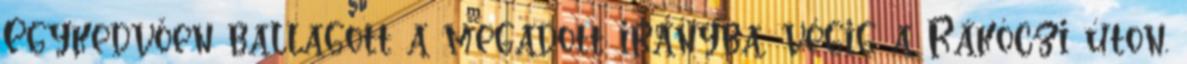
Egykedvően ballagott a megadott irányba, végig a Rákóczi úton.